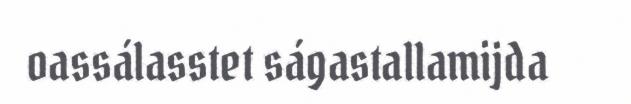
oassálasstet ságastallamijda